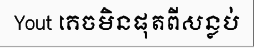
Yout គេចមិនផុតពីសន្លប់